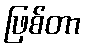
ဖြစ်တာ